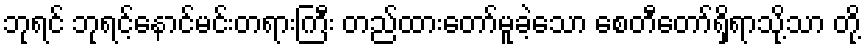
ဘုရင် ဘုရင့်နောင်မင်းတရားကြီး တည်ထားတော်မူခဲ့သော စေတီတော်ရှိရာသို့သာ တို့